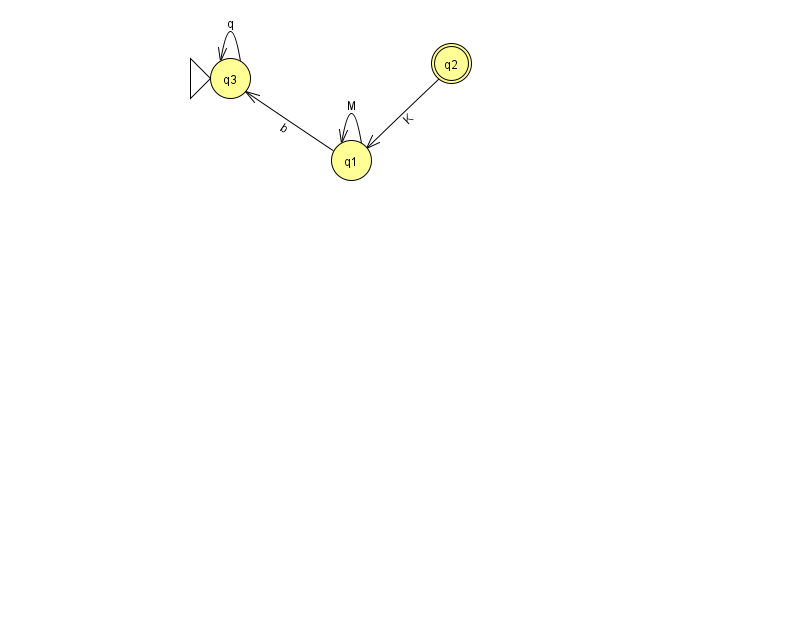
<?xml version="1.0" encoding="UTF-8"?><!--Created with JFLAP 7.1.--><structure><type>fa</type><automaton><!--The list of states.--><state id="1" name="q1"><x>351.0</x><y>147.0</y></state><state id="2" name="q2"><x>451.0</x><y>50.0</y><final/></state><state id="3" name="q3"><x>230.0</x><y>65.0</y><initial/></state><!--The list of transitions.--><transition><from>3</from><to>3</to><read>q</read></transition><transition><from>2</from><to>1</to><read>K</read></transition><transition><from>1</from><to>1</to><read>M</read></transition><transition><from>1</from><to>3</to><read>b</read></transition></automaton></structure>